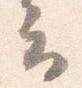
云